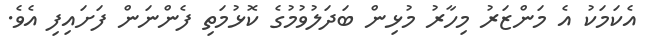
އެކަމަކު އެ މަންޒަރު މިހާރު މުޅިން ބަދަލުވުމުގެ ކޮޅުމަތި ފެންނަން ފަށައިފި އެވެ.